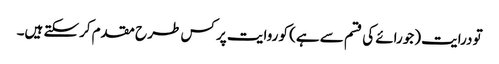
تو درایت (جورائے کی قسم سے ہے) کو روایت پر کس طر ح مقدم کرسکتے ہیں۔